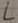
Text: L